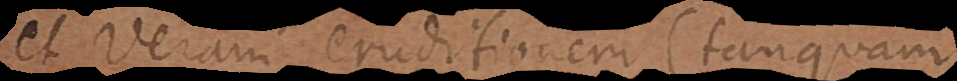
et veram eruditionem (tanquam